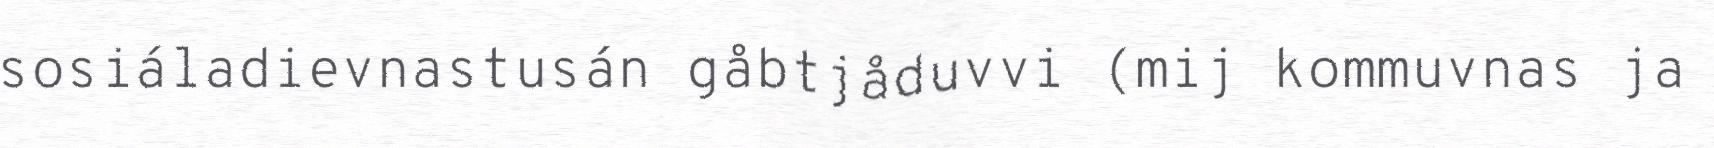
sosiáladievnastusán gåbtjåduvvi (mij kommuvnas ja